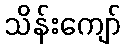
သိန်းကျော်